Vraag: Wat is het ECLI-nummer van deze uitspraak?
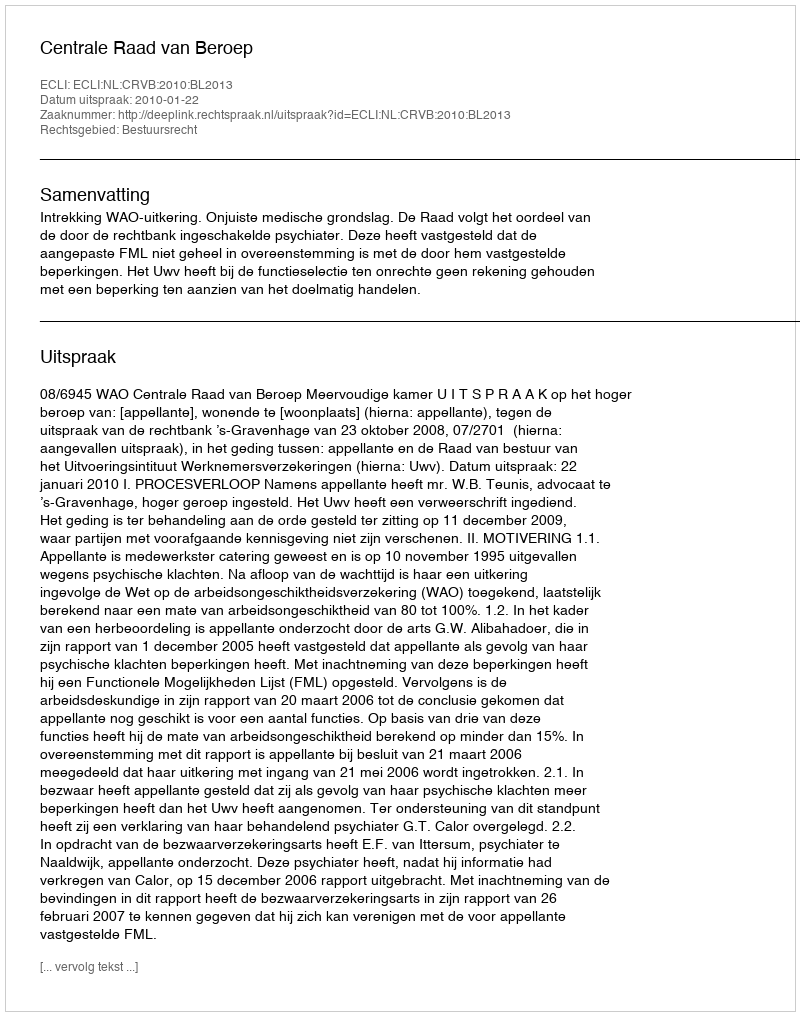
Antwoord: ECLI:NL:CRVB:2010:BL2013